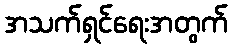
အသက်ရှင်ရေးအတွက်